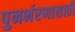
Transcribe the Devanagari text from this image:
पुनर्भरणासाठी